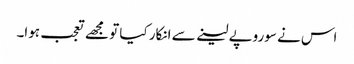
اس نے سوروپے لینے سے انکار کیا تو مجھے تعجب ہوا۔